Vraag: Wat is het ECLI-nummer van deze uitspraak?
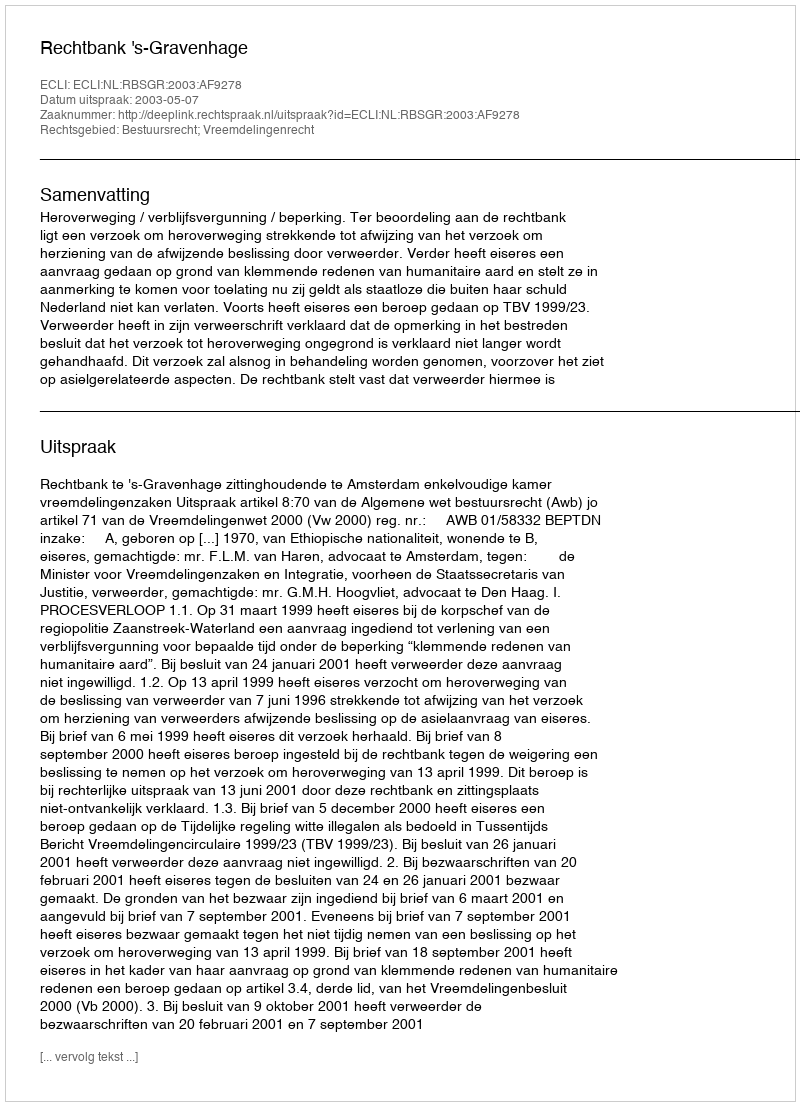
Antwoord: ECLI:NL:RBSGR:2003:AF9278